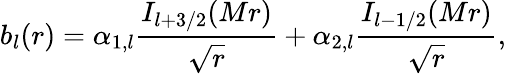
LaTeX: b_{l}(r)=\alpha_{1,l}{\frac{I_{l+3/2}(Mr)}{\sqrt{r}}}+\alpha_{2,l}{\frac{I_{l-1/2}(Mr)}{\sqrt{r}}},